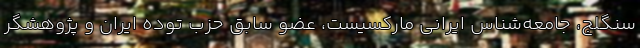
سنگلج، جامعه‌شناس ایرانی مارکسیست، عضو سابق حزب توده ایران و پژوهشگر